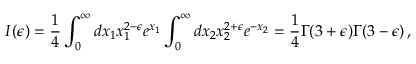
I ( \epsilon ) = { \frac { 1 } { 4 } } \int _ { 0 } ^ { \infty } d x _ { 1 } x _ { 1 } ^ { 2 - \epsilon } e ^ { x _ { 1 } } \int _ { 0 } ^ { \infty } d x _ { 2 } x _ { 2 } ^ { 2 + \epsilon } e ^ { - x _ { 2 } } = { \frac { 1 } { 4 } } \Gamma ( 3 + \epsilon ) \Gamma ( 3 - \epsilon ) \, ,